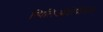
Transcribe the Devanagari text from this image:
स्पिलिओटोपोलस